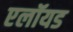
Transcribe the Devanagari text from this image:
एलॉयड